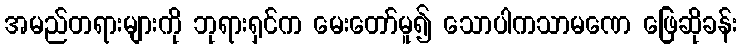
အမည်တရားများကို ဘုရားရှင်က မေးတော်မူ၍ သောပါကသာမဏေ ဖြေဆိုခန်း